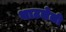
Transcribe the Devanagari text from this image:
थाटलेली